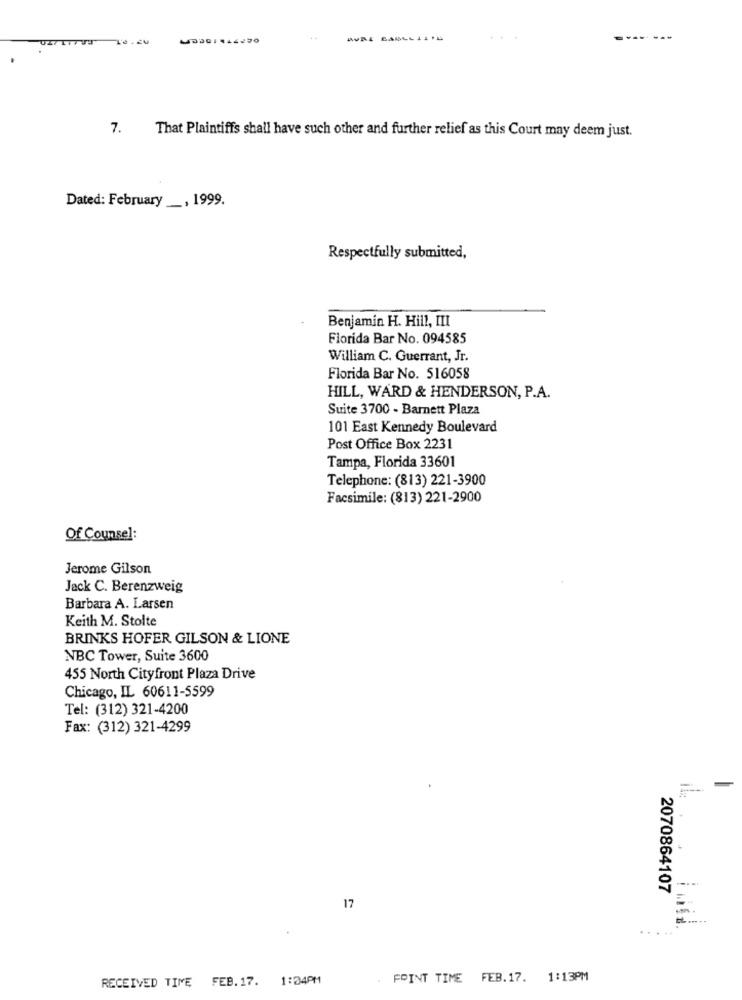
That Plaintiffs shall have such other and further relief as this Court may deem just.
Dated: February, 1999.
Respectfully submitted,
Benjamin H. Hill, III
Florida Bar No. 094585
William C. Guerrant, Jr.
Florida Bar No. 516058
HILL, WARD & HENDERSON, P.A.
Suite 3700 - Barnett Plaza
101 East Kennedy Boulevard
Post Office Box 2231
Tampa, Florida 33601
Telephone: (813) 221-3900
Facsimile: (813) 221-2900
Of Counsel:
Jerome Gilson
Jack C. Berenzweig
Barbara A. Larsen
Keith M. Stolte
BRINKS HOFER GILSON & LIONE
NBC Tower, Suite 3600
455 North Cityfront Plaza Drive
Chicago, IL 60611-5599
Tel: (312) 321-4200
Fax: (312) 321-4299
2070864107
17
RECEIVED TIME FEB.17. 1:24PM
FOINT TIME FEB.17. 1:13PM